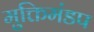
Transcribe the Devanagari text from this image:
मुक्तिमंडप